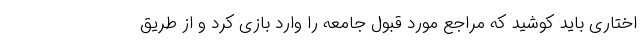
اختاری باید کوشید که مراجع مورد قبول جامعه را وارد بازی کرد و از طریق